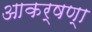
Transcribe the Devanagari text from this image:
आकर्षण्‍ा